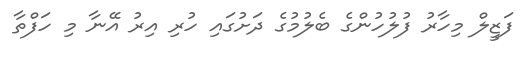
ފަޒީލް މިހާރު ފުލުހުންގެ ބެލުމުގެ ދަށުގައި ހުރި އިރު އޭނާ މި ހަފްތާ